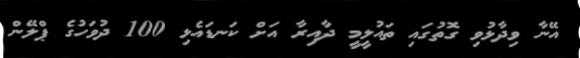
އޭނާ ވިދާޅުވި ގޮތުގައި ތައުލީމީ ދާއިރާ އަށް ކަނޑައެޅި 100 ދުވަހުގެ ޕްލޭން